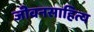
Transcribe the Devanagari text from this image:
जीवनसाहित्य